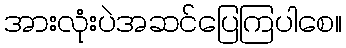
အားလုံးပဲအဆင်ပြေကြပါစေ။